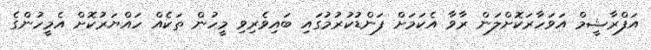
އަފްރާޝީމް އަވަހާރަކޮށްލަން ރާވާ އެކަމަށް ފަންޑުކުރުމުގައި ބައިވެރިވި މީހުން ތަކެއް ހައްޔަރުކޮށް އެމީހުންގެ